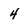
Character: 4